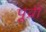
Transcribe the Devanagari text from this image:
पूव्री